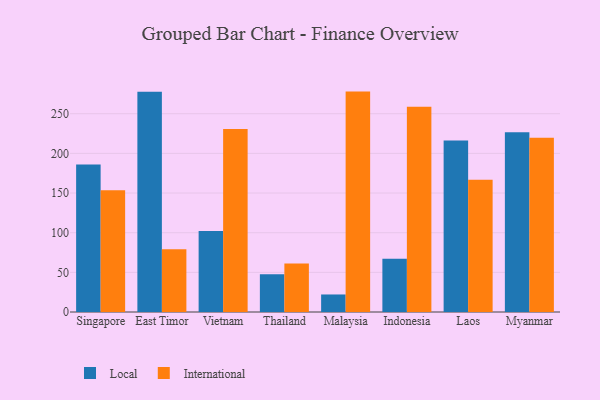
{"axis": {"x": "Country", "y": "Backlog"}, "legend": ["International", "Local"], "data": [{"x": "Singapore", "y": 186.0, "type": "Local"}, {"x": "Singapore", "y": 153.4, "type": "International"}, {"x": "East Timor", "y": 277.7, "type": "Local"}, {"x": "East Timor", "y": 79.1, "type": "International"}, {"x": "Vietnam", "y": 102.0, "type": "Local"}, {"x": "Vietnam", "y": 230.7, "type": "International"}, {"x": "Thailand", "y": 47.5, "type": "Local"}, {"x": "Thailand", "y": 61.2, "type": "International"}, {"x": "Malaysia", "y": 22.1, "type": "Local"}, {"x": "Malaysia", "y": 277.9, "type": "International"}, {"x": "Indonesia", "y": 67.0, "type": "Local"}, {"x": "Indonesia", "y": 258.8, "type": "International"}, {"x": "Laos", "y": 216.1, "type": "Local"}, {"x": "Laos", "y": 166.8, "type": "International"}, {"x": "Myanmar", "y": 226.5, "type": "Local"}, {"x": "Myanmar", "y": 219.6, "type": "International"}]}